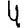
Digit: 4